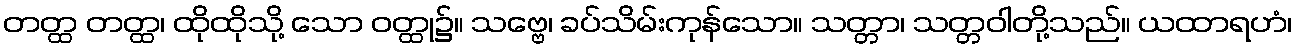
တတ္ထ တတ္ထ၊ ထိုထိုသို့ သော ဝတ္ထု၌။ သဗ္ဗေ၊ ခပ်သိမ်းကုန်သော။ သတ္တာ၊ သတ္တဝါတို့သည်။ ယထာရဟံ၊